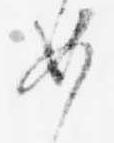
如